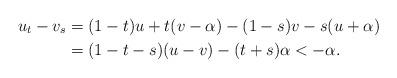
LaTeX: \begin{align*}u_t - v_s &{}= (1 - t)u + t(v - \alpha) - (1 - s)v - s(u + \alpha) \\&{}= (1 - t - s)(u - v) -(t+s)\alpha <-\alpha.\end{align*}